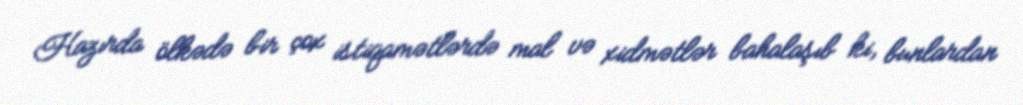
Hazırda ölkədə bir çox istiqamətlərdə mal və xidmətlər bahalaşıb ki, bunlardan